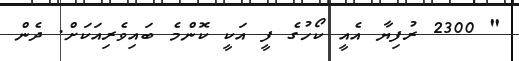
" 2300 ރުފިޔާ އެއީ ކޯހުގެ ފީ އަކީ ކޮންމެ ބައިވެރިއަކަށް. ދެން